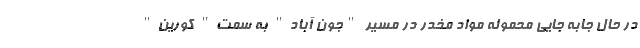
در حال جابه جایی محموله مواد مخدر در مسیر "جون آباد" به سمت" کورین"